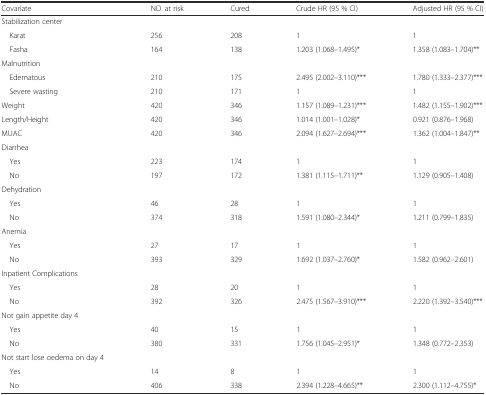
<table><thead><tr><td><b>Covariate</b></td><td><b>NO. at risk</b></td><td><b>Cured</b></td><td><b>Crude HR (95 % CI)</b></td><td><b>Adjusted HR (95 % CI)</b></td></tr></thead><tbody><tr><td>Stabilization center</td><td></td><td></td><td></td><td></td></tr><tr><td> Karat</td><td>256</td><td>208</td><td>1</td><td>1</td></tr><tr><td> Fasha</td><td>164</td><td>138</td><td>1.203 (1.068–1.495)*</td><td>1.358 (1.083–1.704)**</td></tr><tr><td>Malnutrition</td><td></td><td></td><td></td><td></td></tr><tr><td> Edematous</td><td>210</td><td>175</td><td>2.495 (2.002–3.110)***</td><td>1.780 (1.333–2.377)***</td></tr><tr><td> Severe wasting</td><td>210</td><td>171</td><td>1</td><td>1</td></tr><tr><td>Weight</td><td>420</td><td>346</td><td>1.157 (1.089–1.231)***</td><td>1.482 (1.155–1.902)***</td></tr><tr><td>Length/Height</td><td>420</td><td>346</td><td>1.014 (1.001–1.028)*</td><td>0.921 (0.876–1.968)</td></tr><tr><td>MUAC</td><td>420</td><td>346</td><td>2.094 (1.627–2.694)***</td><td>1.362 (1.004–1.847)**</td></tr><tr><td>Diarrhea</td><td></td><td></td><td></td><td></td></tr><tr><td> Yes</td><td>223</td><td>174</td><td>1</td><td>1</td></tr><tr><td> No</td><td>197</td><td>172</td><td>1.381 (1.115–1.711)**</td><td>1.129 (0.905–1.408)</td></tr><tr><td>Dehydration</td><td></td><td></td><td></td><td></td></tr><tr><td> Yes</td><td>46</td><td>28</td><td>1</td><td>1</td></tr><tr><td> No</td><td>374</td><td>318</td><td>1.591 (1.080–2.344)*</td><td>1.211 (0.799–1.835)</td></tr><tr><td>Anemia</td><td></td><td></td><td></td><td></td></tr><tr><td> Yes</td><td>27</td><td>17</td><td>1</td><td>1</td></tr><tr><td> No</td><td>393</td><td>329</td><td>1.692 (1.037–2.760)*</td><td>1.582 (0.962–2.601)</td></tr><tr><td>Inpatient Complications</td><td></td><td></td><td></td><td></td></tr><tr><td> Yes</td><td>28</td><td>20</td><td>1</td><td>1</td></tr><tr><td> No</td><td>392</td><td>326</td><td>2.475 (1.567–3.910)***</td><td>2.220 (1.392–3.540)***</td></tr><tr><td>Not gain appetite day 4</td><td></td><td></td><td></td><td></td></tr><tr><td> Yes</td><td>40</td><td>15</td><td>1</td><td>1</td></tr><tr><td> No</td><td>380</td><td>331</td><td>1.756 (1.045–2.951)*</td><td>1.348 (0.772–2.353)</td></tr><tr><td>Not start lose oedema on day 4</td><td></td><td></td><td></td><td></td></tr><tr><td> Yes</td><td>14</td><td>8</td><td>1</td><td>1</td></tr><tr><td> No</td><td>406</td><td>338</td><td>2.394 (1.228–4.665)**</td><td>2.300 (1.112–4.755)*</td></tr></tbody></table>